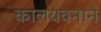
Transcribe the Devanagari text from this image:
कालयवनाने